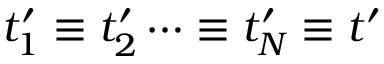
t _ { 1 } ^ { \prime } \equiv t _ { 2 } ^ { \prime } \cdots \equiv t _ { N } ^ { \prime } \equiv t ^ { \prime }